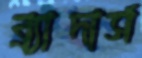
ব্র্যাদার্স